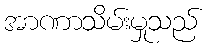
အာဏာသိမ်းမှုသည်